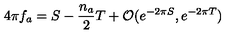
4 \pi f _ { a } = S - \frac { n _ { a } } { 2 } T + { \cal O } ( e ^ { - 2 \pi S } , e ^ { - 2 \pi T } )